Annual report of the Punjab Veterinary College and of the Civil Veterinary Department, Punjab - 1920-1925
Year: 1920
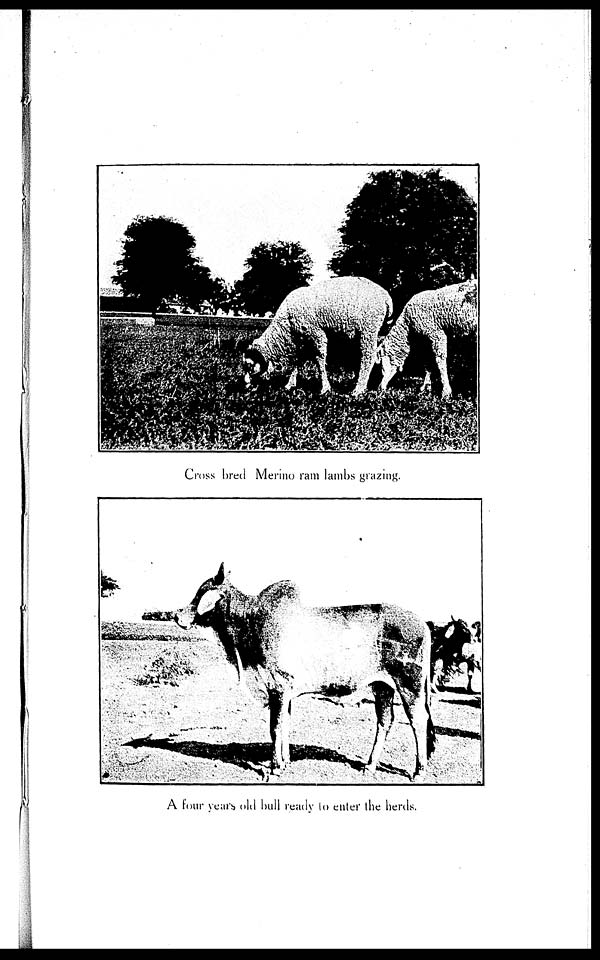
Cross bred Merino ram lambs grazing.
A four years old bull ready to enter the herds.